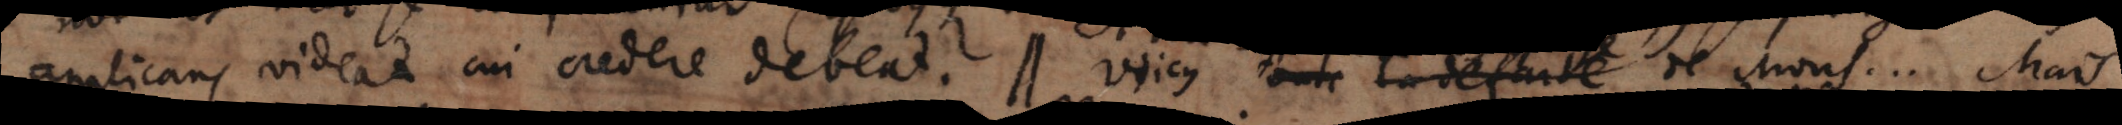
applicans videat cui credere debeat. // _ . Mais